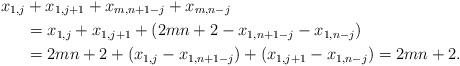
LaTeX: \begin{align*}x_{1,j} &+x_{1,j+1}+x_{m,n+1-j}+x_{m,n-j} \\ &=x_{1,j}+x_{1,j+1}+ ( 2mn+2 - x_{1,n+1-j}-x_{1,n-j} ) \\ &=2mn+2+ ( x_{1,j} -x_{1,n+1-j} ) + (x_{1,j+1} -x_{1,n-j} ) =2mn+2.\end{align*}